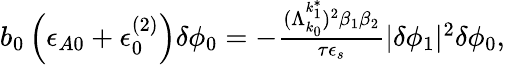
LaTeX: \begin{array}{r}{b_{0}\left(\epsilon_{A0}+\epsilon_{0}^{(2)}\right)\delta\phi_{0}=-\frac{(\Lambda_{k_{0}}^{k_{1}^{*}})^{2}\beta_{1}\beta_{2}}{\tau\epsilon_{s}}\lvert\delta\phi_{1}\rvert^{2}\delta\phi_{0},}\end{array}